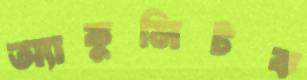
অ্যাকুসিটক